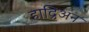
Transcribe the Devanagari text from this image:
हाद्रिअन